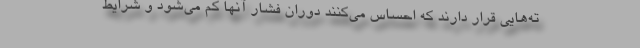
ته‌هایی قرار دارند که احساس می‌کنند دوران فشار آنها کم می‌شود و شرایط